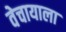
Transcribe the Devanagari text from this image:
वेचायाला